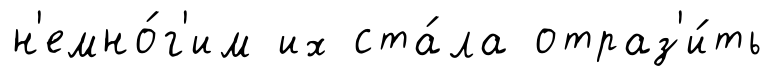
н'емно́г'им их ста́ла отраз'и́ть